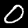
Label: 0